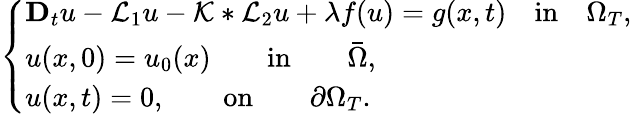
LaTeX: \left\{ \begin{array}{ll}{\mathbf{D}_{t}u-\mathcal{L}_{1}u-\mathcal{K}*\mathcal{L}_{2}u+\lambda f(u)=g(x,t)\quad\mathrm{in}\quad\Omega_{T},}\\ {u(x,0)=u_{0}(x)\qquad\mathrm{in}\qquad\bar{\Omega},}\\ {u(x,t)=0,\qquad\mathrm{on}\qquad\partial\Omega_{T}.}\end{array}\right.